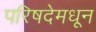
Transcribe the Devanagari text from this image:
परिषदेमधून